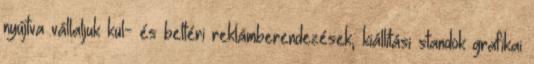
nyújtva vállaljuk kül- és beltéri reklámberendezések, kiállítási standok grafikai